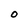
Character: O